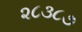
૨૮૩૮૭